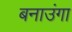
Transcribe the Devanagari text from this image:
बनाउंगा